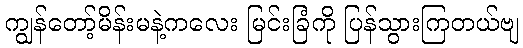
ကျွန်တော့်မိန်းမနဲ့ကလေး မြင်းခြံကို ပြန်သွားကြတယ်ဗျ